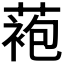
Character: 𬞆